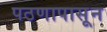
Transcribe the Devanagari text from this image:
पठणापासून